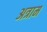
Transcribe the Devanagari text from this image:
अत्राम